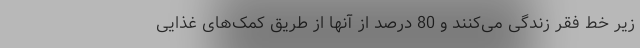
زیر خط فقر زندگی می‌کنند و 80 درصد از آنها از طریق کمک‌های غذایی